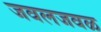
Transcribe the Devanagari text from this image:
जवलजवळ